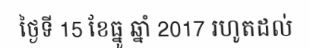
ថ្ងៃទី 15 ខែធ្នូ ឆ្នាំ 2017 រហូតដល់